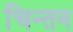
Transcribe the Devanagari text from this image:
चिन्‍तन